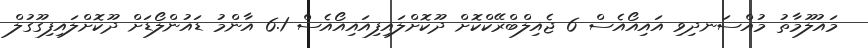
މައުލޫމާތު މުއްސަނދިވި އައިއޯއެސް 6 ޖެއިލްބްރޭކްކޮށް ދޫކޮށްލައިފިއައިއޯއެސް 6.1 އާންމު ޑައުންލޯޑަށް ދޫކޮށްލައިފިގޫގުލް